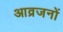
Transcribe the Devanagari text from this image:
आव्रजनों